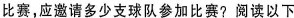
比赛，应邀请多少支球队参加比赛?阅读以下